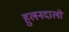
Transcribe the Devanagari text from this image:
हुलनदालो